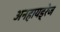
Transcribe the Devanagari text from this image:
अनहायड्रेज